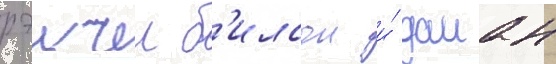
рэичел б'илсон и́ даиан